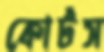
কোর্টস